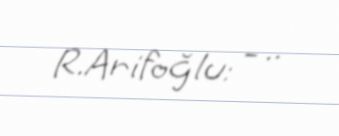
R.Arifoğlu: - ..